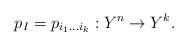
LaTeX: \begin{align*}p_I=p_{i_1\ldots i_k}:Y^{n}\to Y^{k}.\end{align*}